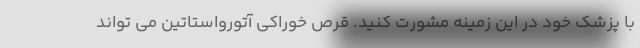
با پزشک خود در این زمینه مشورت کنید. قرص خوراکی آتورواستاتین می تواند